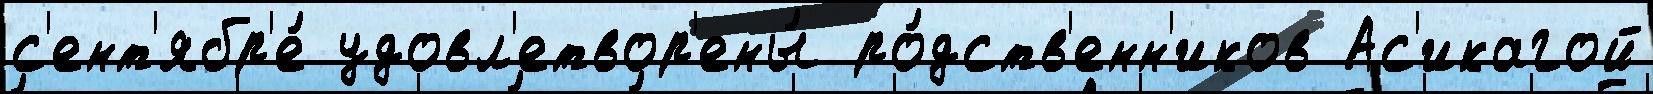
с'ент'ябр'е́ удовл'етвор'ены́ ро́дств'енн'иков Ас'икагой